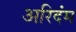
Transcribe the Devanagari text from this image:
अरिदंम